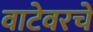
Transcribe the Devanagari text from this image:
वाटेवरचे